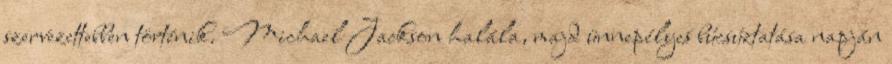
szervezettebben történik. Michael Jackson halála, majd ünnepélyes búcsúztatása napján